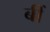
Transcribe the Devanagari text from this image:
बीं